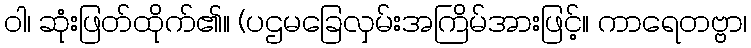
ဝါ၊ ဆုံးဖြတ်ထိုက်၏။ (ပဌမခြေလှမ်းအကြိမ်အားဖြင့်။ ကာရေတဗ္ဗာ၊